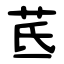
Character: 茋